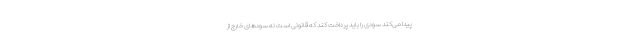
پیدا می‌کند سودی را باید پرداخت کند که قانونی است نه سودهای خارج از